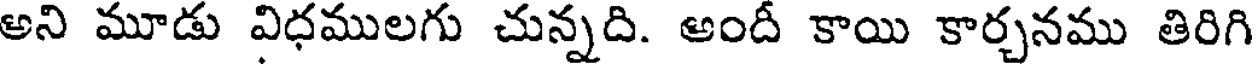
అని మూడు విధములగు చున్నది. అందీ కాయి కార్చనము తిరిగి